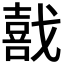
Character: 𫼅